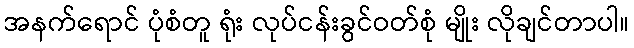
အနက်ရောင် ပုံစံတူ ရုံး လုပ်ငန်းခွင်ဝတ်စုံ မျိုး လိုချင်တာပါ။